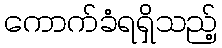
ကောက်ခံရရှိသည့်